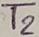
Text: T2